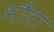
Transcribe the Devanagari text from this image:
भौंटा